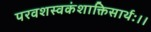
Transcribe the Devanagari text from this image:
परवशस्वकंशाक्तिसार्थः।।